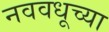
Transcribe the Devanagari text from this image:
नववधूच्या